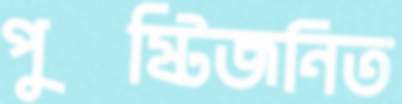
পুষ্টিজনিত